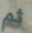
ثم